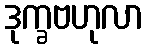
ဒုက္ခဗဟုလာ